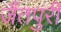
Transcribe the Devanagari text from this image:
जैंतपुरी